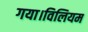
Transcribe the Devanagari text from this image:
गया।विलियम